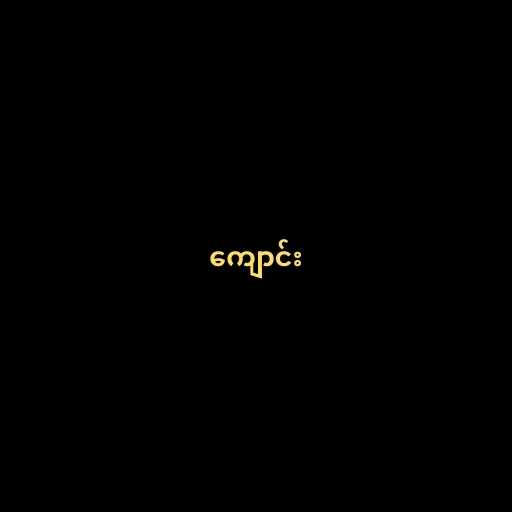
ကျောင်း